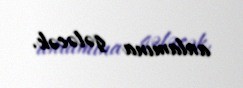
anlamına gələcək.